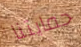
حمايتنا